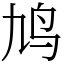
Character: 鸠